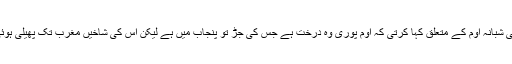
اب وہی شبانہ اوم کے متعلق کہا کرتی کہ اوم پوری وہ درخت ہے جس کی جڑ تو پنجاب میں ہے لیکن اس کی شاخیں مغرب تک پھیلی ہوئی ہیں۔